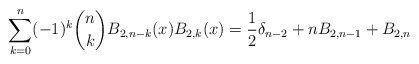
\begin{align*} \sum_{k=0}^{n} (-1)^k\binom{n}{k}B_{2,n-k}(x)B_{2,k}(x) =\frac{1}{2}\delta_{n-2}+nB_{2,n-1}+B_{2,n} \end{align*}